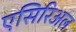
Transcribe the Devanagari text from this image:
एसिरिअल